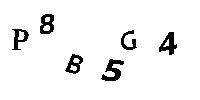
P8B5G4